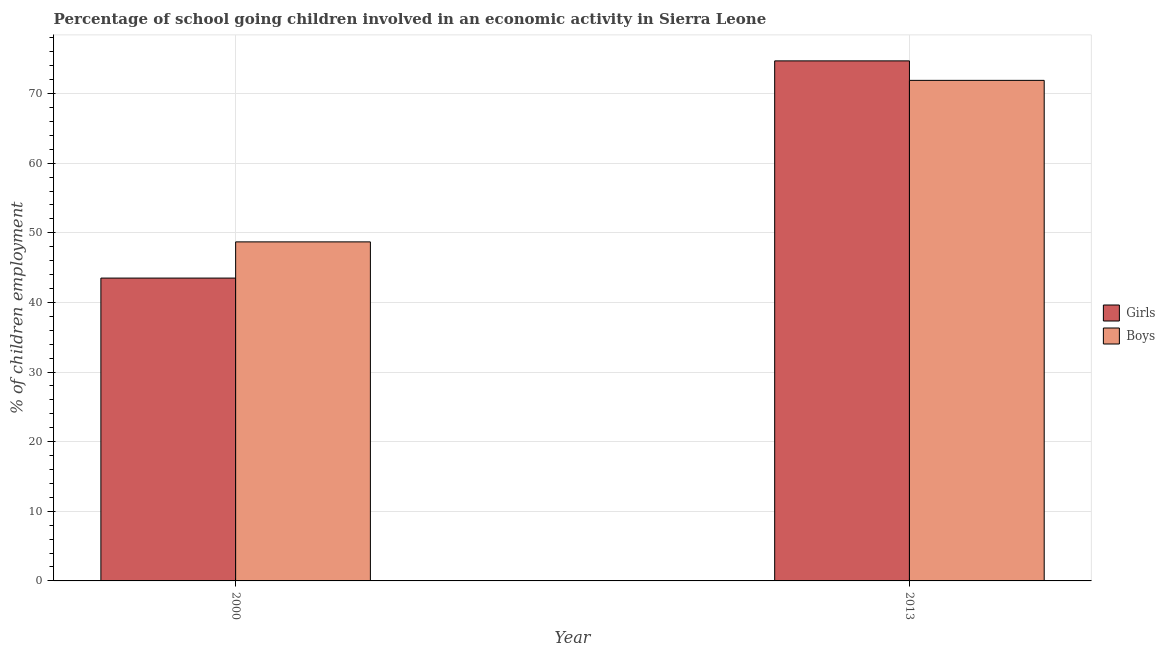
| Year | Girls | Boys |
 | --- | --- | --- |
 | 2000 | 43.5 | 48.7 |
 | 2013 | 74.7 | 71.9 |